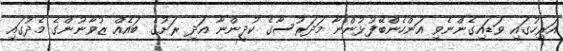
އަރިހުގައި ވަޑައިގެންނެވި އަންހެންބޭފުޅުންނާ މަދަރުސާގެ ކުދީންނާ އަދި ރަށުގެ ބައެއް ޒުވާނުންގެ މެދުގައި